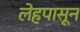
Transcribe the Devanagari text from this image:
लेहपासून